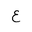
Letter: _ayn